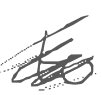
Text: to
Cross-out: scratch
Writing tool: digital_gray